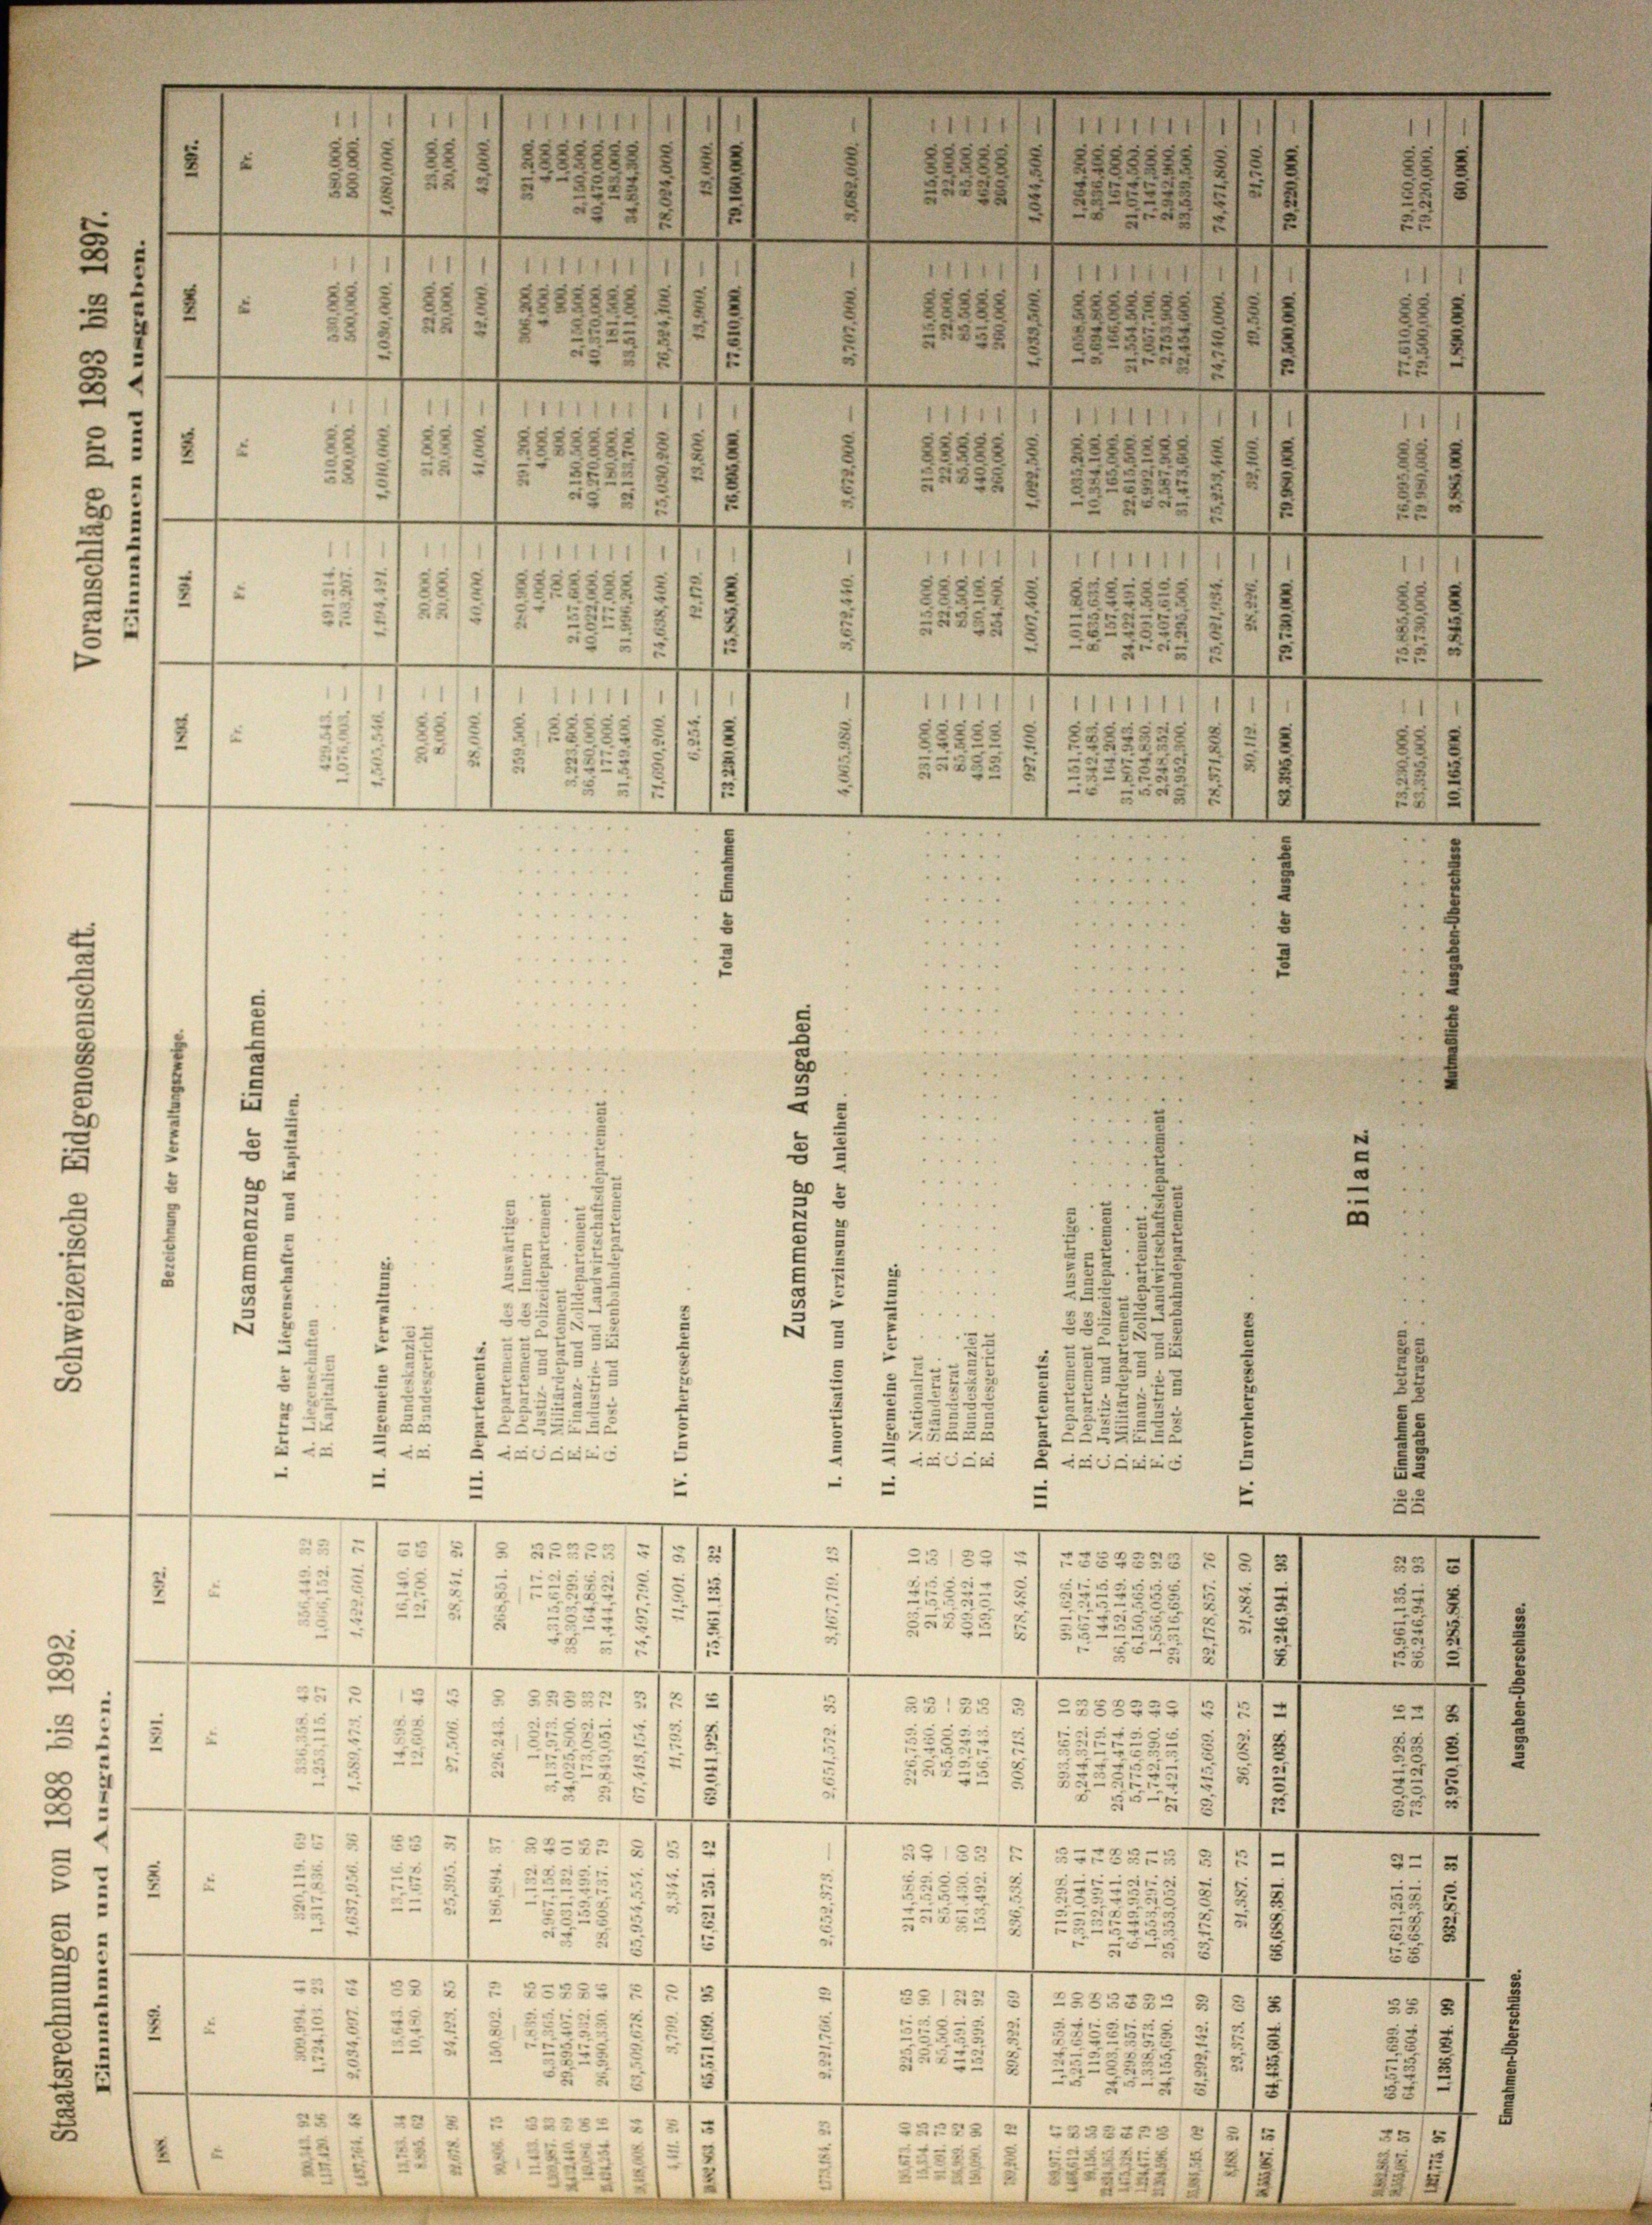
2
2
e
r
2
5
2
—
u
.

2
1
-
u
u
e
u
2
2
d

2

d

8

6
e
e
6

u

2

11 f.
2
22
15
1
u
21
u
5
g
2
u
8
¬
251212
2.
s
u
1
1111
t
2
2
215
235 u.
u
2x
2
58 x
2
e
3
5
m
.
n
2
x
s
22
u
u
u
22
u
2
5
2
e
.
52
2
2
2
u
52
52
5
.
x
2
2
2
2
3
5
2
2
3

2
2
e
222.
 27. 225
2

e
iecens
u
e
icinisc
e
2
.
“

.
.
e
e
.
—
—
e

e
2
e
255
u
e
.
125
2
22222
1
.
u
¬
8
5
e
22
2
d
.
225
2
255
2
5
u
35
¬

85
2
2
.
e
.
.
.
¬
.
—
—
¬
2
u
.
§ 52
2
312
524
18
E
1

55
2
15
e
2
.
u
5
235
.
e
u
.
u
—
35
e
.
—
.
e
.
—
u
n

2222
e
5132/5
2
2
3
i
d
1
2
u
2
5
2
u
u
22
u
2
u
.
2
e
2

5
e
.
—
—
.
.
¬
u
e
3
1 § 332
1
g
2
351223
e
SBr23
2
12
.
2
2
¬
.
22
u
2
2:
e
5
3
213
 2
3
“
.

—
23
23
1 § 322822
u
.
f
2228
232253/21 als
25/5
e
SBr
u
s

5
2
5
.
2
t
u
231

d